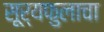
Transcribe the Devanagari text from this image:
सूर्यफुलाचा